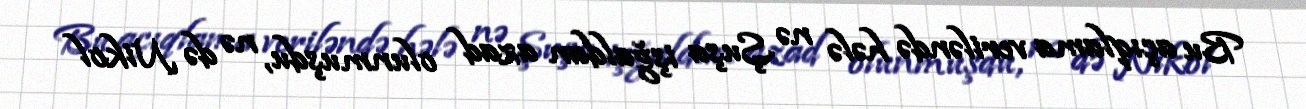
Bu açıqlama veriləndə hələ nə Şuşa işğaldan azad olunmuşdu, nə də Nikol